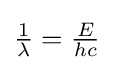
\textstyle {\frac {1}{\lambda }}={\frac {E}{hc}}